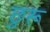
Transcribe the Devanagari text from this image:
छुरू